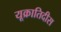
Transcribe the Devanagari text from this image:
यूक्रातिदीस